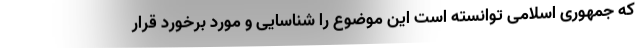
که جمهوری اسلامی توانسته است این موضوع را شناسایی و مورد برخورد قرار